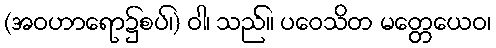
(အဝဟာရော၌စပ်၊) ဝါ၊ သည်။ ပဝေသိတ မတ္တေယေဝ၊